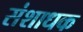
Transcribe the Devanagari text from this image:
संशाधक